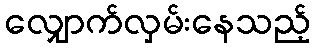
လျှောက်လှမ်းနေသည့်